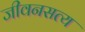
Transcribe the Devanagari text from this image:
जीवनसत्य